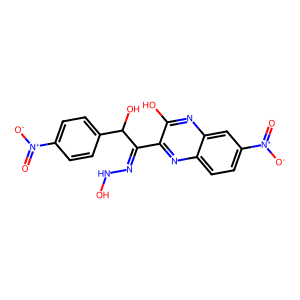
SMILES: O=[N+]([O-])c1ccc(C(O)C(=NNO)c2nc3ccc([N+](=O)[O-])cc3nc2O)cc1
Inhibits HIV replication: No